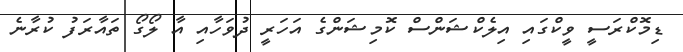
ޑިމޮކްރަސީ ވީކްގައި އިލެކްޝަންސް ކޮމިޝަންގެ އަހަރީ ދުވަހާއި އާ ލޯގޯ ތައާރަފު ކުރާނެ